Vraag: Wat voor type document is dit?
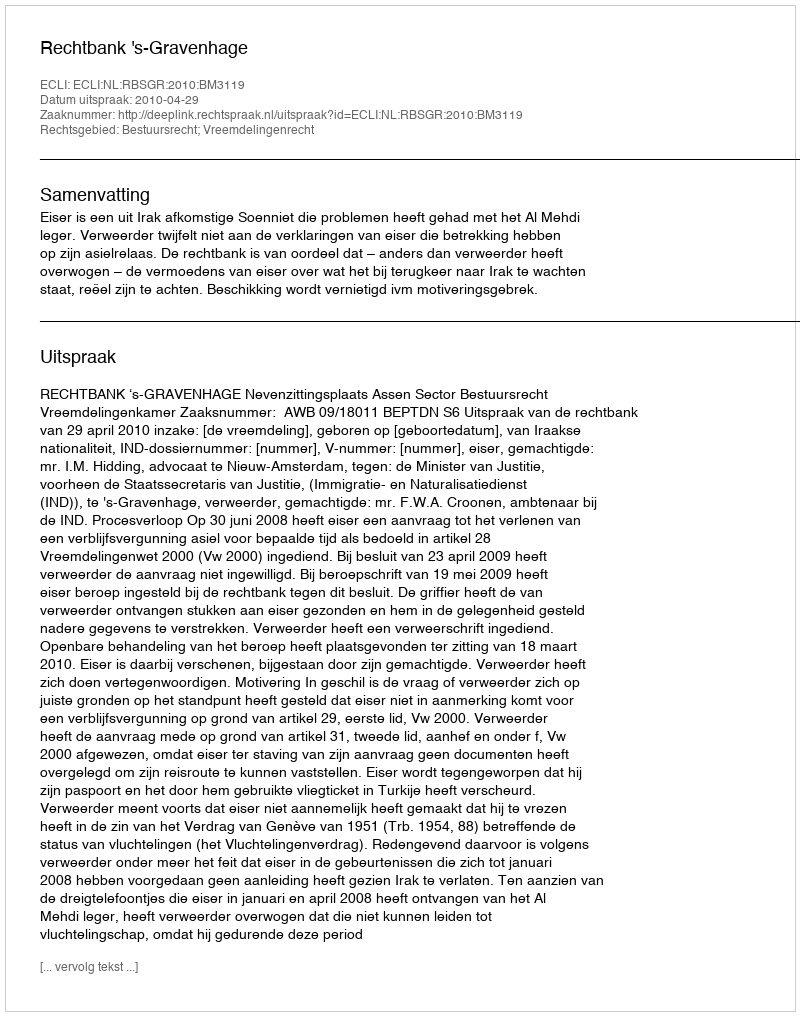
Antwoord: Uitspraak